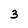
Character: 3